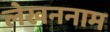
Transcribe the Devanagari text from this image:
लेखननाम